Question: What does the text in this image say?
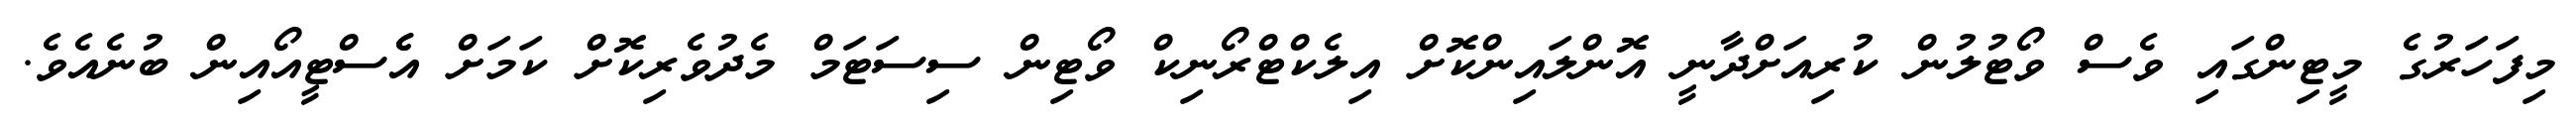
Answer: މިފަހަރުގެ މީޓިންގައި ވެސް ވޯޓުލުން ކުރިއަށްދާނީ އޮންލައިންކޮށް އިލެކްޓްރޯނިކް ވޯޓިން ސިސަޓަމް މެދުވެރިކޮށް ކަމަށް އެެސްޓީއޯއިން ބުނެއެވެ.